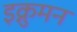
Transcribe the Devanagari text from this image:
इक्नुमन